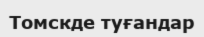
Томскде туғандар